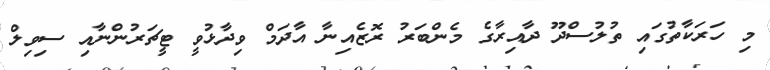
މި ހަރަކާތުގައި ތުލުސްދޫ ދާއިރާގެ މެންބަރު ރޮޒެއިނާ އާދަމް ވިދާޅުވީ ޓީޗަރުންނާއި ސިވިލް